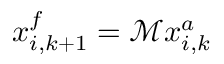
\boldsymbol { x } _ { i , k + 1 } ^ { f } = \mathcal { M } \boldsymbol { x } _ { i , k } ^ { a }